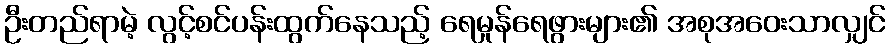
ဦးတည်ရာမဲ့ လွင့်စင်ပန်းထွက်နေသည့် ရေမှုန်ရေဖွားများ၏ အစုအဝေးသာလျှင်